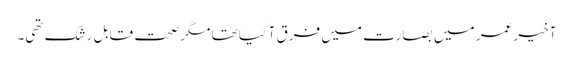
آخیر عمر میں بصارت میں فرق آگیا تھا مگر صحت قابلِ رشک تھی۔